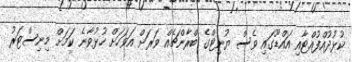
ކުޅުދުއްފުއްޓާއި އައްޑޫގައި ވެސް ޔުނިޓްގެ ބްރާންޗެއް ވަރަށް އަވަހަށް ހުޅުވާނެ ކަމަށް މިނިސްޓަރު